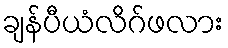
ချန်ပီယံလိဂ်ဖလား